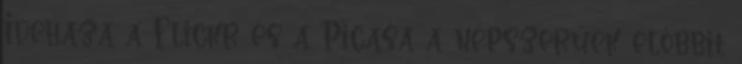
Idehaza a Flickr és a Picasa a népszerűek előbbit